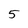
Character: 5